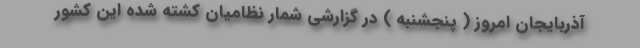
آذربایجان امروز ( پنجشنبه ) در گزارشی شمار نظامیان کشته شده این کشور